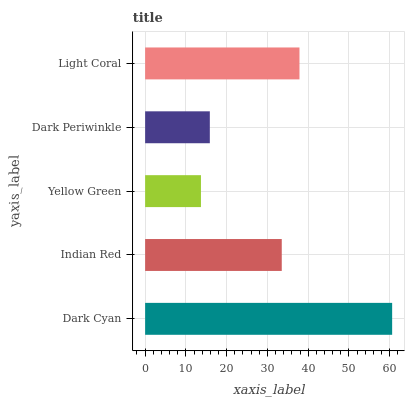
| yaxis_label | bars |
 | --- | --- |
 | Dark Cyan | 60.6 |
 | Indian Red | 33.5 |
 | Yellow Green | 13.7 |
 | Dark Periwinkle | 15.9 |
 | Light Coral | 37.9 |